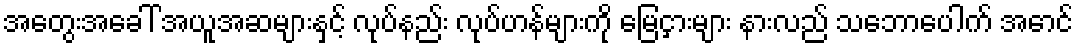
အတွေးအခေါ် အယူအဆများနှင့် လုပ်နည်း လုပ်ဟန်များကို မြေငှားများ နားလည် သဘောပေါက် အောင်